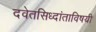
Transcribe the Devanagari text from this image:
दवेतसिध्दांताविषयी